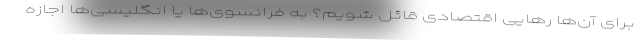
برای آن‌ها رهایی اقتصادی قائل شویم؟ به فرانسوی‌ها یا انگلیسی‌ها اجازه